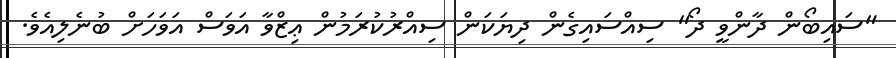
"ސައިބޯން ދާންވީ ދޯ" ސިއްސައިގެން ދިޔަކަން ސިއްރުކުރަމުން ޢިޒްވާ އަވަސް އަވަހަށް ބުނެލިއެވެ.